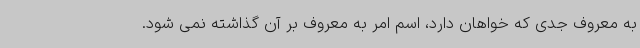
به معروف جدی که خواهان دارد، اسم امر به معروف بر آن گذاشته نمی شود.